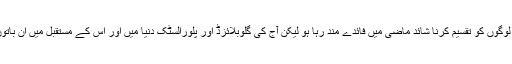
مزہب ، رنگ، جنس، زبان کی بنیاد پر لوگوں کو تقسیم کرنا شائد ماضی میں فائدے مند رہا ہو لیکن آج کی گلوبلائزڈ اور پلورالسٹک دنیا میں اور اس کے مستقبل میں ان باتوں کے لئیے کوئی جگہ موجود نہیں ہے۔